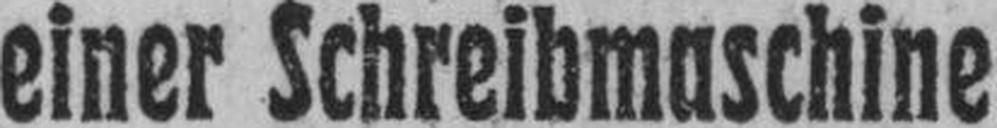
einer Schreibmaschine